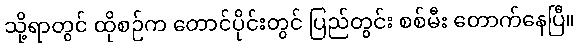
သို့ရာတွင် ထိုစဉ်က တောင်ပိုင်းတွင် ပြည်တွင်း စစ်မီး တောက်နေပြီ။